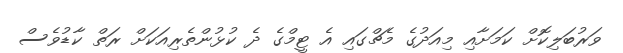
ވަރުބަލިކޮށް ކަމަށާއި މިއަދުގެ މެޗްގައި އެ ޓީމްގެ ދެ ކުޅުންތެރިއަކަށް ރަތް ކާޑުވެސް